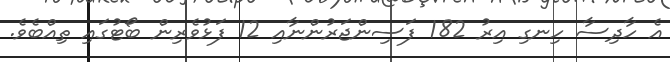
އެ ހާދިސާ ހިނގި އިރު 182 ފަސިންޖަރުންނާއި 12 ފަޅުވެރިން ބޯޓުގައި ތިއްބެވެ.